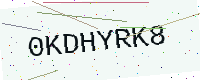
Text: 0KDHYRK8